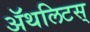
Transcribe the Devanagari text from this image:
ॲथलिटस्